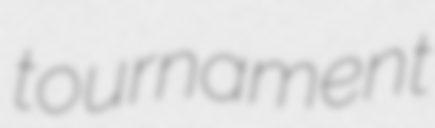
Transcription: tournament